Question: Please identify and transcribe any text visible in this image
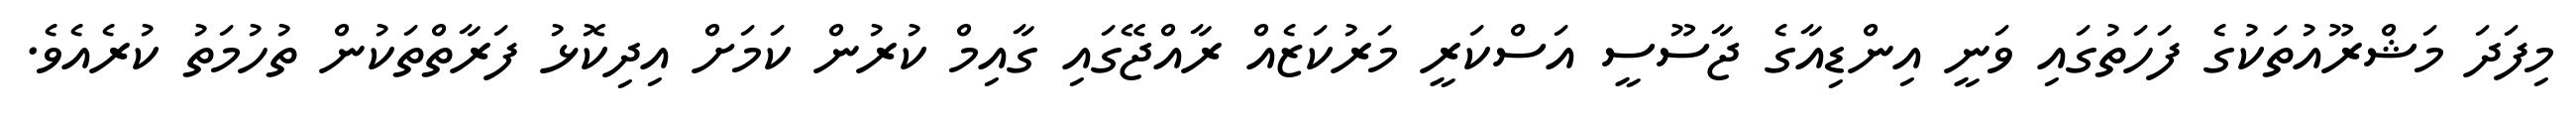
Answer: މިފަދަ މަޝްރޫއުތަކުގެ ފަހަތުގައި ވަނީ އިންޑިއާގެ ޖާސޫސީ އަސްކަރީ މަރުކަޒެއް ރާއްޖޭގައި ގާއިމް ކުރުން ކަމަށް އިދިކޮޅު ފަރާތްތަކުން ތުހުމަތު ކުރެއެވެ.